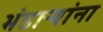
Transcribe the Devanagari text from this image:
भंडाऱ्यांना